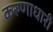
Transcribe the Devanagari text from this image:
करुणाधारी